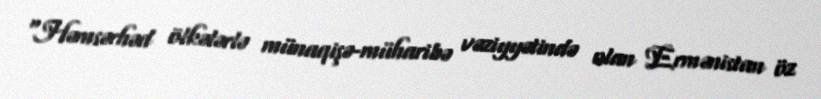
“Həmsərhəd ölkələrlə münaqişə-müharibə vəziyyətində olan Ermənistan öz